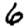
Digit: 6